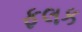
ફલક